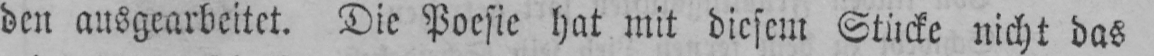
den ausgearbeitet. Die Poesie hat mit diesem Stücke nicht das